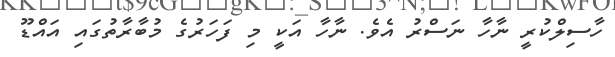
ހާސިލްކުރީ ނާހާ ނަސްރު އެވެ. ނާހާ އަކީ މި ފަހަރުގެ މުބާރާތުގައި އައްޑޫ